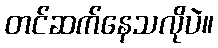
တင်ဆက်နေသလိုပဲ။